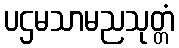
ပဌမသာမညသုတ္တံ